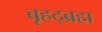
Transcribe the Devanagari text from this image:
बृहद्ब्रह्म